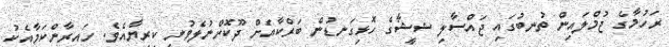
ރަހުމާގެ ޖުމްލައިން ތުނބުގައި ޖައްސާލި ޝީޝާގެ ހޮޅިގަނޑުން ބަރްކާއަށް ދޫކޮށްނުލެވުނީ ކިރިޔާއެވެ. ހައިރާންކަމާއެކު